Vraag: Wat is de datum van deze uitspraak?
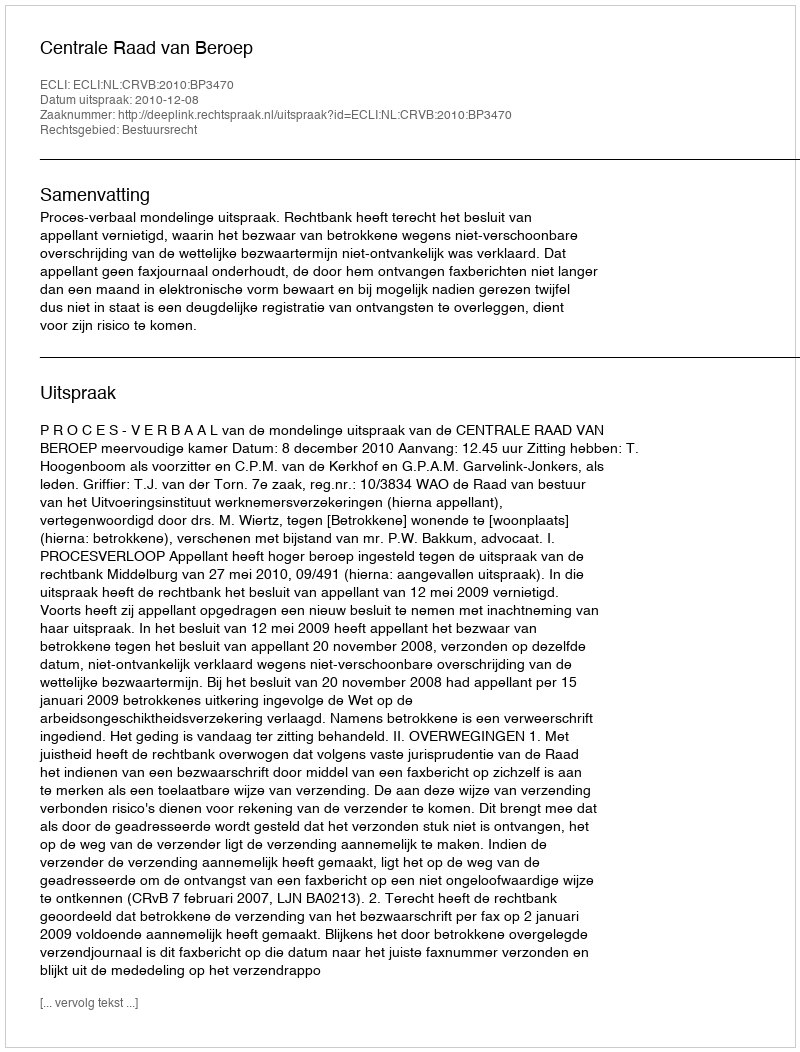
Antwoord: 2010-12-08